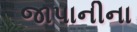
જાપાનીના